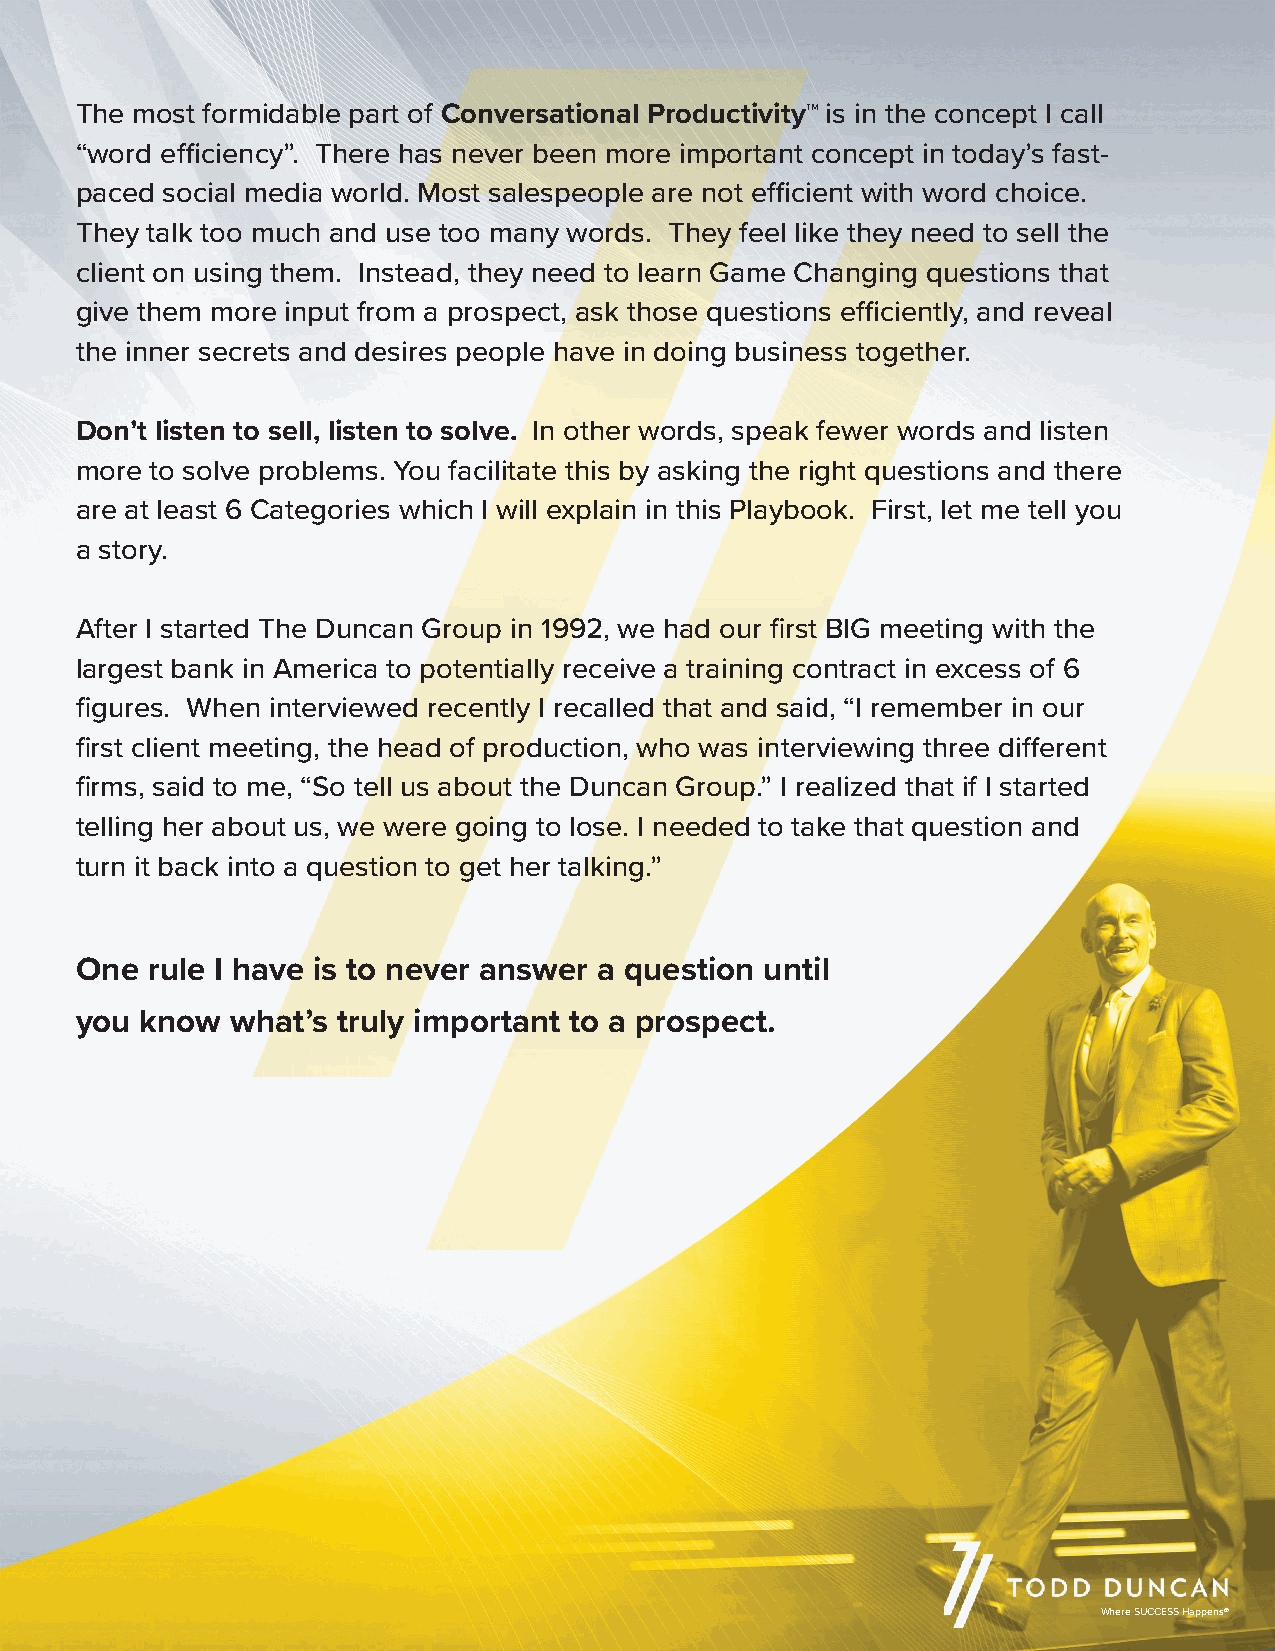
The most formidable part of Conversational Productivity™ is in the concept I call
 “word efficiency”. There has never been more important concept in today’s fast-
 paced social media world. Most salespeople are not efficient with word choice.
 They talk too much and use too many words. They feel like they need to sell the
 client on using them. Instead, they need to learn Game Changing questions that
 give them more input from a prospect, ask those questions efficiently, and reveal
 the inner secrets and desires people have in doing business together.
 Don’t listen to sell, listen to solve. In other words, speak fewer words and listen
 more to solve problems. You facilitate this by asking the right questions and there
 are at least 6 Categories which I will explain in this Playbook. First, let me tell you
 a story.
 After I started The Duncan Group in 1992, we had our first BIG meeting with the
 largest bank in America to potentially receive a training contract in excess of 6
 figures. When interviewed recently I recalled that and said, “I remember in our
 first client meeting, the head of production, who was interviewing three different
 firms, said to me, “So tell us about the Duncan Group.” I realized that if I started
 telling her about us, we were going to lose. I needed to take that question and
 turn it back into a question to get her talking.”
 One  rule I have is to never answer a question until
 you know  what’s truly important to a prospect.
 Where SUCCESS Happens®